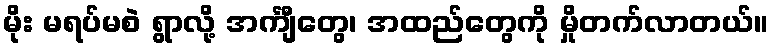
မိုး မရပ်မစဲ ရွာလို့ အင်္ကျီတွေ၊ အထည်တွေကို မှိုတက်လာတယ်။